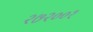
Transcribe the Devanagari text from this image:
२७२००१